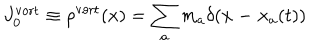
LaTeX: J _ { 0 } ^ { \mathrm { v o r t } } \equiv \rho ^ { \mathrm { v o r t } } ( x ) = \sum _ { a } m _ { a } \delta ( { \bf x - x } _ { a } ( t ) )